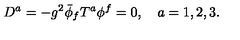
D ^ { a } = - g ^ { 2 } \bar { \phi } _ { f } T ^ { a } \phi ^ { f } = 0 , \quad a = 1 , 2 , 3 .